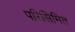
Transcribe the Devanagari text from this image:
परिसिमित